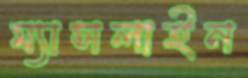
ম্যাসলাইন